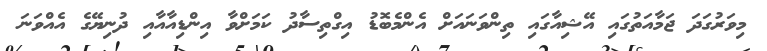
މިވަރުގަދަ ޖަމާއަތުގައި އޭޝިއާގައި ތިންވަނައަށް އެންމެބޮޑު އިގްތިސާދު ކަމަށްވާ އިންޑިއާއާއި ދުނިޔޭގެ އެއްވަނަ